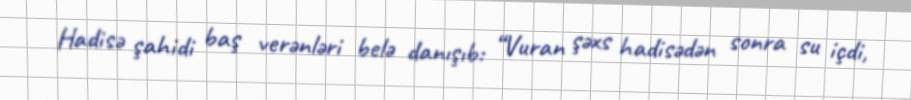
Hadisə şahidi baş verənləri belə danışıb: “Vuran şəxs hadisədən sonra su içdi,